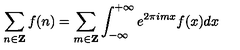
\sum _ { n \in { \bf Z } } f ( n ) = \sum _ { m \in { \bf Z } } \int _ { - \infty } ^ { + \infty } e ^ { 2 \pi i m x } f ( x ) d x